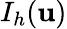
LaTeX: I_{h}(\mathbf{u})